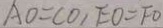
A O = C O , E O = F O